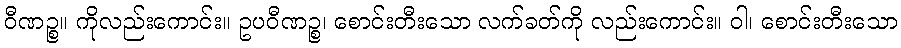
ဝီဏဉ္စ။ ကိုလည်းကောင်း။ ဥပဝီဏဉ္စ၊ စောင်းတီးသော လက်ခတ်ကို လည်းကောင်း။ ဝါ၊ စောင်းတီးသော